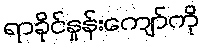
ရာခိုင်နှုန်းကျော်ကို